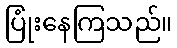
ပြုံးနေကြသည်။